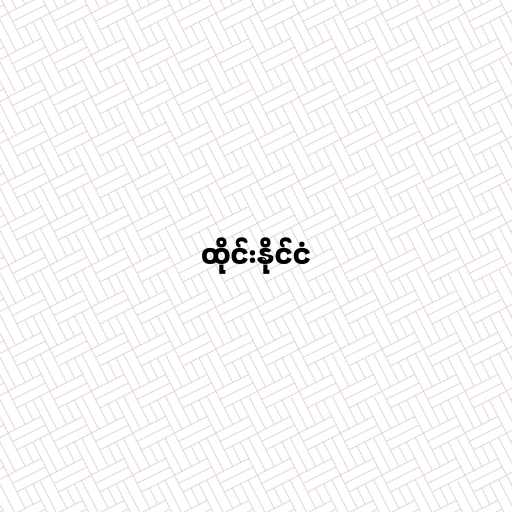
ထိုင်းနိုင်ငံ